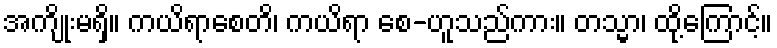
အကျိုးမရှိ။ ကယိရာစေတိ၊ ကယိရာ စေ-ဟူသည်ကား။ တသ္မာ၊ ထို့ကြောင့်။